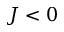
J < 0